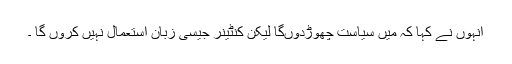
انہوں نے کہا کہ میں سیاست چھوڑدوںگا لیکن کنٹینر جیسی زبان استعمال نہیں کروں گا ۔